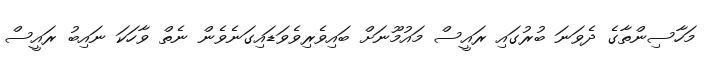
މަހާސިންތާގެ ދެވަނަ ބުރުގައި ރައީސް މައުމޫނަށް ބައިވެރިވެވަޑައިގަނެވެން ނެތް ވާހަކަ ނައިބު ރައީސް